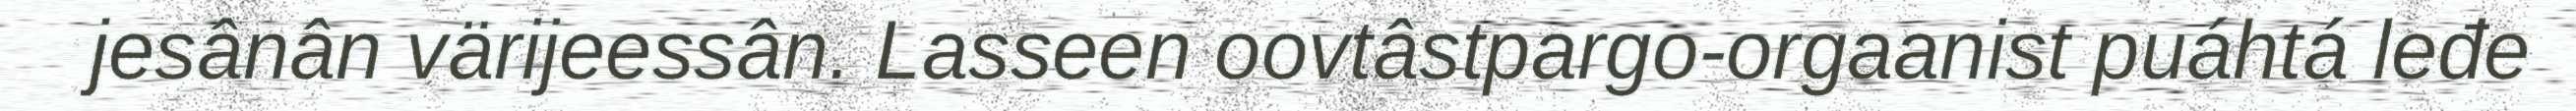
jesânân värijeessân. Lasseen oovtâstpargo-orgaanist puáhtá leđe